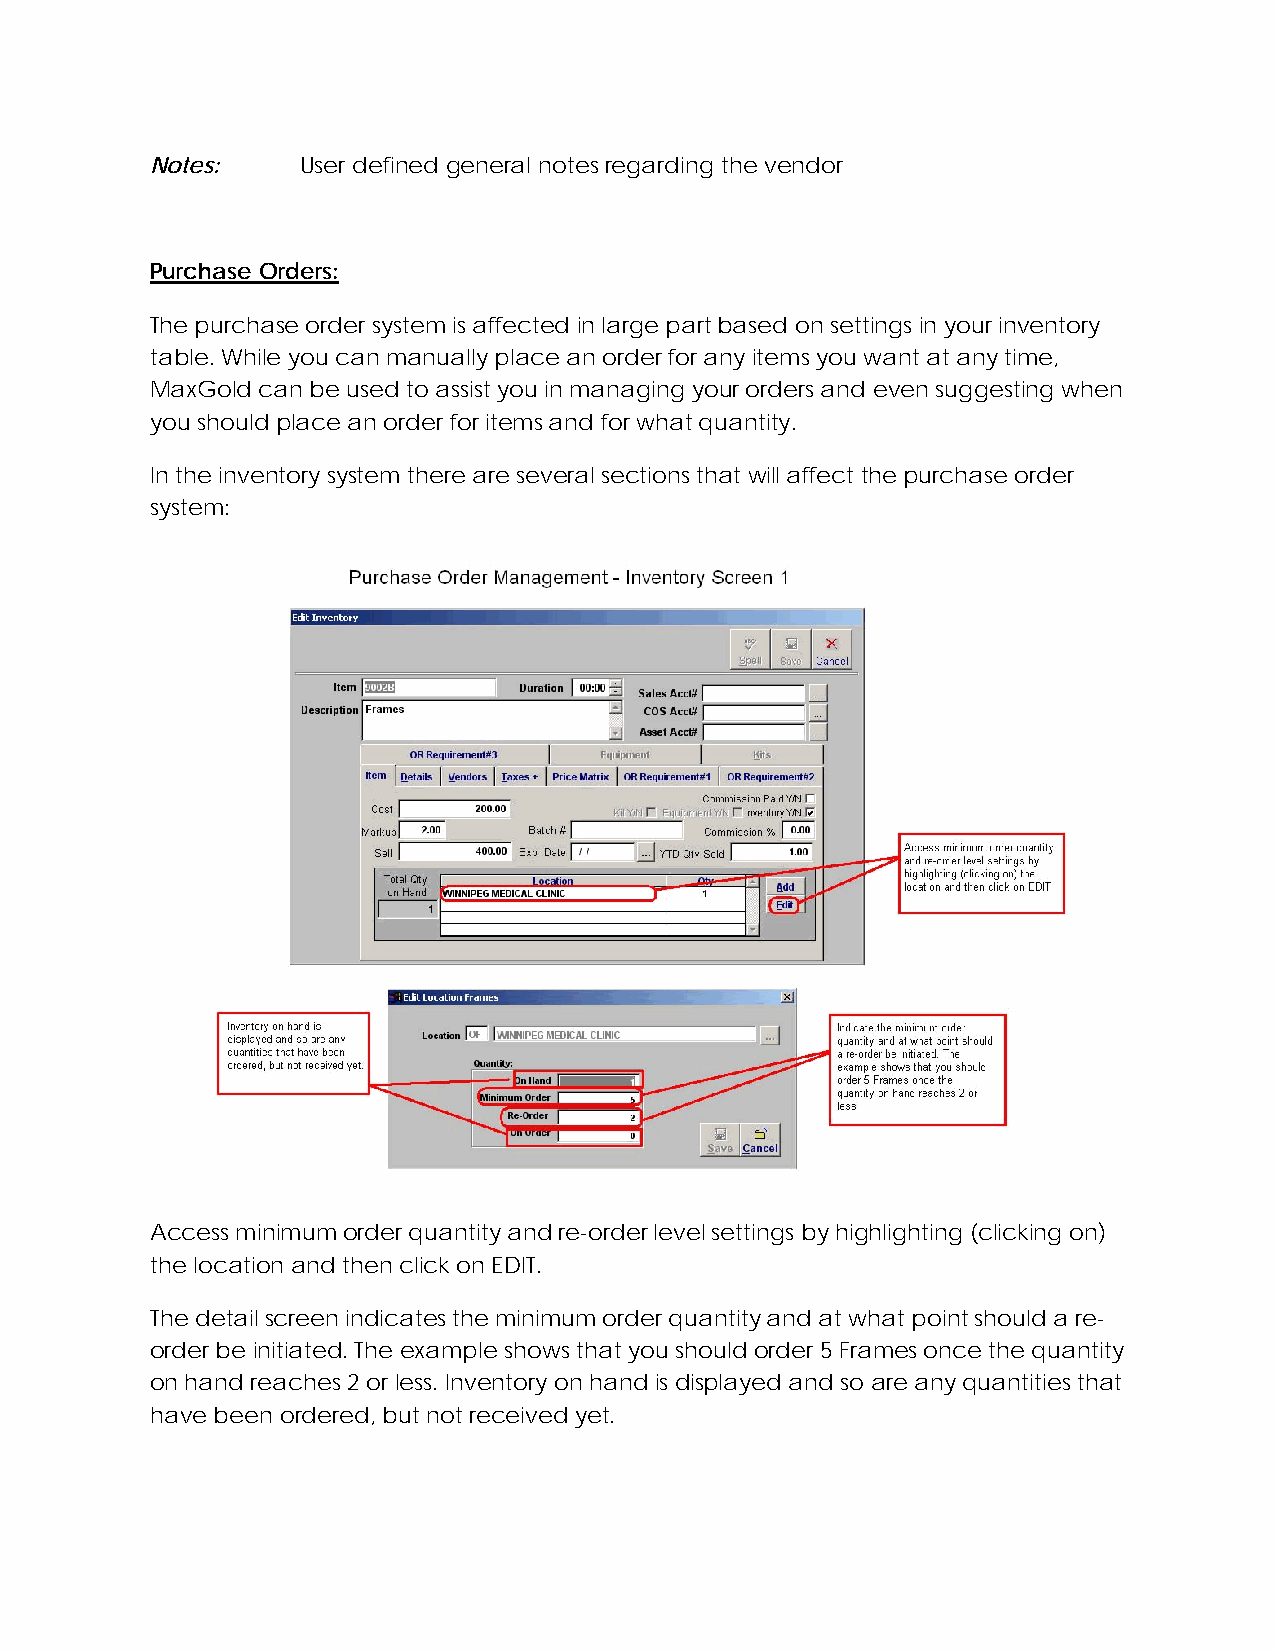
Notes:    User defined general notes regarding the vendor
 Purchase Orders:
 The purchase order system is affected in large part based on settings in your inventory
 table. While you can manually place an order for any items you want at any time,
 MaxGold can be used to assist you in managing your orders and even suggesting when
 you should place an order for items and for what quantity.
 In the inventory system there are several sections that will affect the purchase order
 system:
 Access minimum order quantity and re-order level settings by highlighting (clicking on)
 the location and then click on EDIT.
 The detail screen indicates the minimum order quantity and at what point should a re-
 order be initiated. The example shows that you should order 5 Frames once the quantity
 on hand reaches 2 or less. Inventory on hand is displayed and so are any quantities that
 have been ordered, but not received yet.